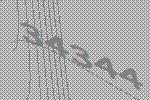
34344